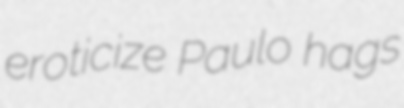
eroticize Paulo hags